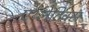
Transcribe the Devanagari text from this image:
एथ्लेटिक्स